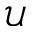
\mathcal { U }